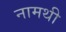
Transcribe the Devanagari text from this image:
नामथी